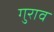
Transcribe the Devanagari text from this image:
गुराव